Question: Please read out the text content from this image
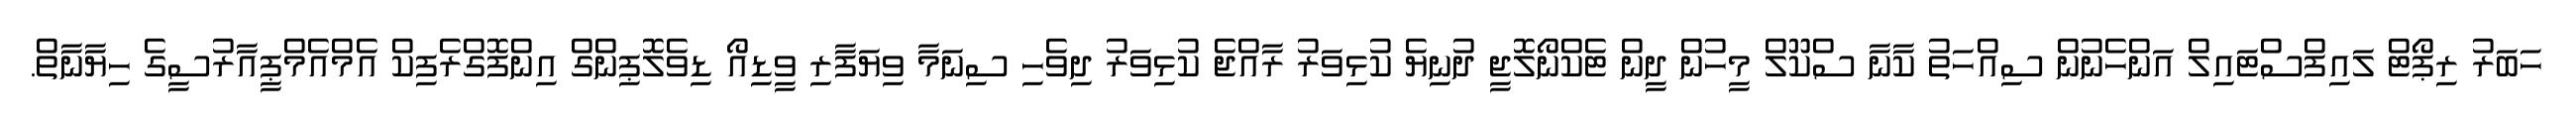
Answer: ހަބަރު ރިޕޯޓް ލައިފްސްޓައިލް އަންހެނުން ސިއްހަތު ކާނާ ސްކޫލް މީހުން ދީން ޓެކްނޯލޮޖީ ދުނިޔެ ކުޅިވަރު ރާއްޖެ ކުޅިވަރު ދިވެހި ސިނަމާ ވިޔަފާރި ވީޑިއޯ ޑިވެލޮޕިންގް އިންފޮގްރެފިކް އެމްއެމްޕީއާރުސީގެ ހިޔާނާތް.